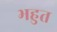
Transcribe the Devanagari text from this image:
भहुत